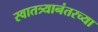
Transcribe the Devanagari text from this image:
स्वातत्र्यानंतरच्या